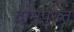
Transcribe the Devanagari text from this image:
दामपुख्त